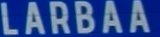
LARBAA